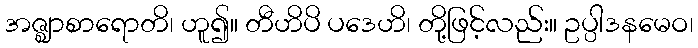
အဇ္ဈာစာရောတိ၊ ဟူ၍။ တီဟိပိ ပဒေဟိ၊ တို့ဖြင့်လည်း။ ဥပ္ပါဒနမေဝ၊